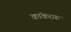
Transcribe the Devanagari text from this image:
कांकरफ़